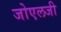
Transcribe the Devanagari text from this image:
जोएलजी